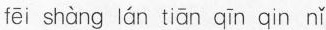
fēi shàng lán tiān qīn qin nǐ